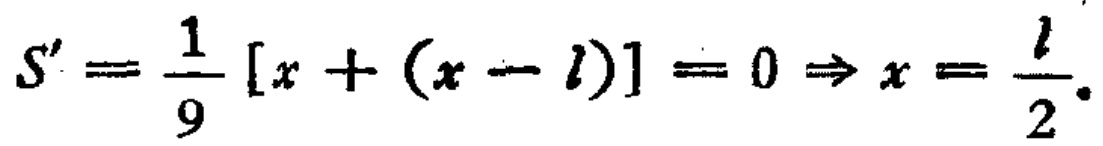
\(S'=\frac{1}{9}[x+(x - l)] = 0\Rightarrow x=\frac{l}{2}.\)